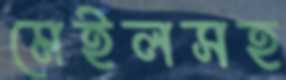
মেইলসহ